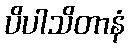
ပိပါသိတာနံ